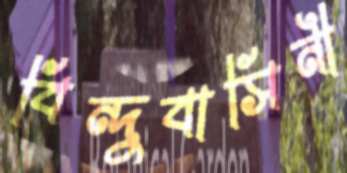
বিন্দুবাসিনী